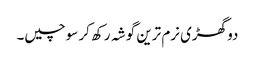
دو گھڑی نرم ترین گوشہ رکھ کر سوچیں۔